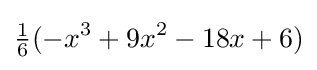
{\tfrac {1}{6}}(-x^{3}+9x^{2}-18x+6)